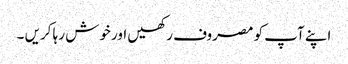
اپنے آپ کو مصروف رکھیں اور خوش رہا کریں ۔